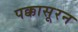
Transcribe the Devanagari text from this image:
पक्कासूरन